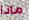
ماذا